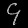
Digit: ၄